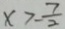
x > - \frac { 7 } { 2 }